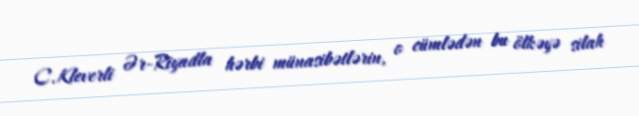
C.Kleverli Ər-Riyadla hərbi münasibətlərin, o cümlədən bu ölkəyə silah